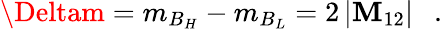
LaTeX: \Deltam=m_{B_{H}}-m_{B_{L}}=2\left|\mathbf{M}_{12}\right|~~~.